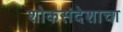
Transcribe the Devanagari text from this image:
शोकसंदेशाचा